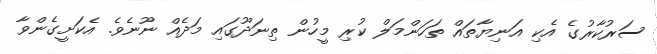
ސަރުކާރުގެ އެކި އަނިޔާތައް ތަހަންމަލް ކުރި މީހުން ތިނަދޫގައި މަދެއް ނޫނެވެ. އެކަށީގެންވާ